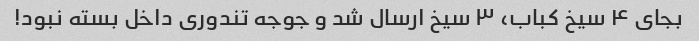
بجای ۴ سیخ کباب، ۳ سیخ ارسال شد و جوجه تندوری داخل بسته نبود!